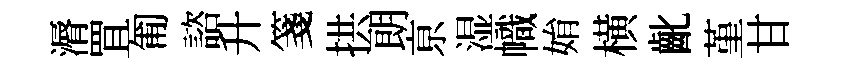
漘罝匍諮升箋拱朗亰湿幟姢横齔堇甘